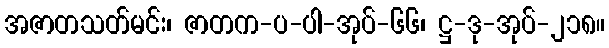
အဇာတသတ်မင်း၊ ဇာတက-ပ-ပါ-အုပ်-၆၆၊ ဋ္ဌ-ဒု-အုပ်-၂၁၈။